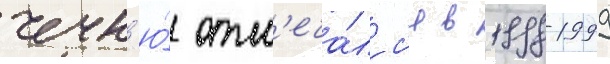
чечн'ю́ отм'еча́лс'я в 1998-1999